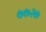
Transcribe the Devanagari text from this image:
७७२७